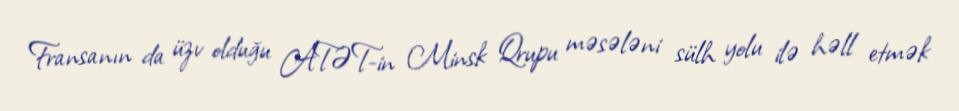
Fransanın da üzv olduğu ATƏT-in Minsk Qrupu məsələni sülh yolu ilə həll etmək